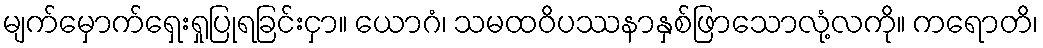
မျက်မှောက်ရှေးရှုပြုရခြင်းငှာ။ ယောဂံ၊ သမထဝိပဿနာနှစ်ဖြာသောလုံ့လကို။ ကရောတိ၊